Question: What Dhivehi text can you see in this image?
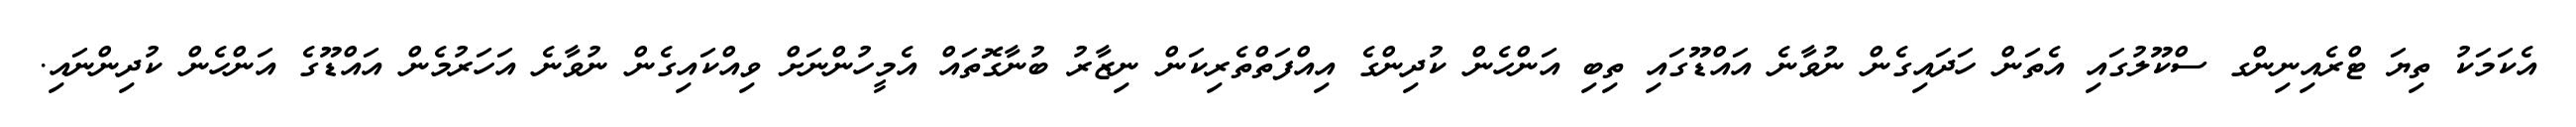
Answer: އެކަމަކު ތިޔަ ޓްރެއިނިންގ ސްކޫލުގައި އެތަން ހަދައިގެން ނުވާނެ އައްޑޫގައި ތިބި އަންހެން ކުދިންގެ އިއްފަތްތެރިކަން ނިޒާރު ބުނާގޮތައް އެމީހުންނަށް ވިއްކައިގެން ނުވާނެ އަހަރުމެން އައްޑޫގެ އަންހެން ކުދިންނައި.